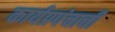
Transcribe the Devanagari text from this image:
कार्यप्रपंचाची